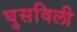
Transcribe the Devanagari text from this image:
घुसविली